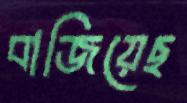
বাজিয়েছ